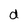
Character: d